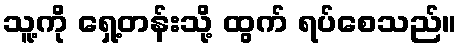
သူ့ကို ရှေ့တန်းသို့ ထွက် ရပ်စေသည်။